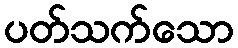
ပတ်သက်သော